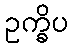
ဥက္ခိပ